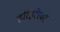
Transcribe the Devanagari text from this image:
हरिहरेश्‍वर